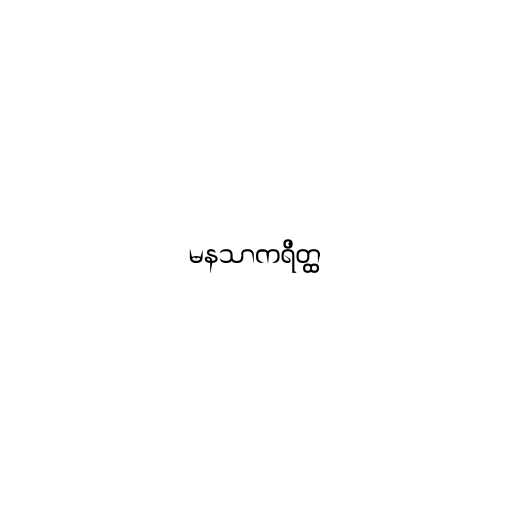
မနသာကရိတ္ထ